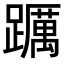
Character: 𨇆